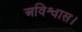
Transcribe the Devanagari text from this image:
अविश्वास।